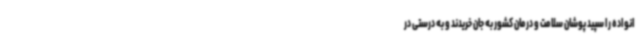
انواده را سپید پوشان سلامت و درمان کشور به جان خریدند و به درستی در